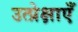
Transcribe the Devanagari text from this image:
उत्प्रेक्षाएँ